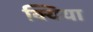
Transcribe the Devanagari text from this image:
क्यिया